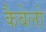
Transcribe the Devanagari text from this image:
कैबेलो